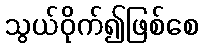
သွယ်ဝိုက်၍ဖြစ်စေ